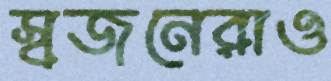
স্বজনেরাও